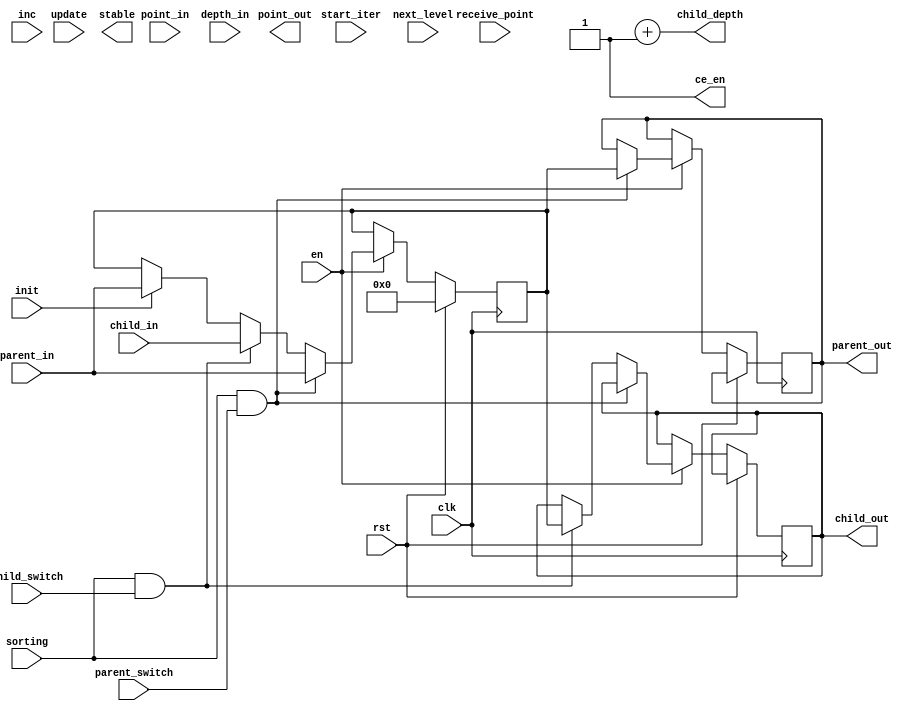
module cluster_PE (clk, rst, en, init, start_iter, receive_point, inc, update, sorting,
parent_switch, child_switch, next_level, point_in, parent_in, child_in, depth_in,
stable, ce_en, parent_out, child_out, point_out, child_depth);

// also think about converting this to a state machine by combining the control signals into a state register

parameter dim = 3, data_range = 255, max_n = 1000, max_depth = 16, initial_center = 0, name="unknown";

localparam  dim_size     = $clog2(data_range),
				center_size  = dim*dim_size,
				counter_size = $clog2(max_n),
				acc_size     = $clog2(dim_size*max_n),
				depth_size   = $clog2(max_depth);

input clk, rst, en, init, start_iter, receive_point, inc, update, sorting, parent_switch, child_switch, next_level;
input [center_size - 1:0] point_in, parent_in, child_in;
input [depth_size - 1:0] depth_in;
output stable, ce_en; 								// ce_en enables node's cluster_ce, if time_to_live = 0 the node's
output [center_size - 1:0] point_out;						// comparator is disabled during sorting so no switching can occur here
output reg [center_size - 1:0] parent_out, child_out; // + if !distance_calc the node's comparator is disabled during point_propogation
output [depth_size - 1:0] child_depth;						// so it will stop calculating distances


// dim is number of dimensions, data_range is maximum allowable range for the data, max_n is the max number of data points,
// dim_size is the number of bits required to represent the data range, center_size is the number of bits to represent
// the centre combining by concatenating all of the dimensions, counter_size is the number of bits required to represent the
// maximum number of points, acc_size is the number of bits required to represent an accumulator, dist_size is the number of
// bits required to represent the maximum allowable distance, axis_size is the number of bits required to represent the
// number of axes, depth_size is the number of bits required to represent the depth.

reg [acc_size - 1:0] accX, accY, accZ;
reg [counter_size - 1:0] counter;
reg [center_size - 1:0] old_center, new_center, point;
reg [depth_size - 1:0] depth, time_to_live;
assign distance_calc = 1'b1; // distance_calc enables the ce to perform distance calculations during the point propogation stage

// assign center_out = old_center; // UPDATE: changed center_out to parent_out and child_out to control the dataflow direction
assign ce_en = (time_to_live != 0) || (distance_calc); // distance_calc 
assign child_depth = depth + 1;

always@(posedge clk) begin
	if(rst) begin
		accX <= {acc_size{1'b0}};
		accY <= {acc_size{1'b0}};
		accZ <= {acc_size{1'b0}};
		counter <= {counter_size{1'b0}};
		old_center <= initial_center;
		new_center <= {center_size{1'b0}};
		point <= {center_size{1'b0}};
		time_to_live <= {depth_size{1'b0}};
	end
	else if (en) begin
		if (init) begin
			old_center <= parent_in;
			// depth <= depth_in; we need to add depth_in using a signal other than init
		end
		if(start_iter) begin // the things that need to be done at the beginning of each iteration
			time_to_live <= depth;
			new_center <= 0;
		end
		if (receive_point) begin
			point <= point_in;
			$display("Receive Point => Point: [%d, %d, %d], Point_In: [%d, %d, %d]", point[0+:dim_size], point[dim_size+: dim_size], point[2*dim_size+: dim_size], point_in[0+:dim_size], point_in[dim_size+: dim_size], point_in[2*dim_size+: dim_size]);
		end
		if (inc) begin
			accX <= point[0+:dim_size];
			accY <= point[dim_size+: dim_size];
			accZ <= point[2*dim_size+: dim_size];
			counter <= counter + 1'b1;
			$display("Inc => Point: [%d, %d, %d], Acc: [%d, %d, %d], Counter: %d", point[0+:dim_size], point[dim_size+: dim_size], point[2*dim_size+: dim_size], accX, accY, accZ, counter);
		end
		if (update) begin
		// enable the divider
		// perform division to get new_center
		// check for local stability
		// check for global stability
		// assign old_center to new_center
		end
		if (next_level) begin
			time_to_live <= time_to_live - 1;
			$display("Next Level => Time To Live: %d", time_to_live);
		end
		if (sorting && parent_switch) begin
			parent_out <= old_center;
			old_center <= parent_in;
			$display("Parent Switch => Old Center: [%d, %d, %d], Parent Center: [%d, %d, %d], Child Center: [%d, %d, %d]", old_center[0+:dim_size], old_center[dim_size+: dim_size], old_center[2*dim_size+: dim_size], parent_in[0+:dim_size], parent_in[dim_size+: dim_size], parent_in[2*dim_size+: dim_size], parent_out[0+:dim_size], parent_out[dim_size+: dim_size], parent_out[2*dim_size+: dim_size], child_in[0+:dim_size], child_in[dim_size+: dim_size], child_in[2*dim_size+: dim_size], child_out[0+:dim_size], child_out[dim_size+: dim_size], child_out[2*dim_size+: dim_size]);
			end
		else if (sorting && child_switch) begin
			child_out <= old_center; 
			old_center <= child_in; // will this cause child_out to take the value of child_in? or can we guarantee that child_out has sent out the value of old_center before it has changed the value of old_center?
			$display("Parent Switch => Old Center: [%d, %d, %d], Parent Center: [%d, %d, %d], Child Center: [%d, %d, %d]", old_center[0+:dim_size], old_center[dim_size+: dim_size], old_center[2*dim_size+: dim_size], parent_in[0+:dim_size], parent_in[dim_size+: dim_size], parent_in[2*dim_size+: dim_size], parent_out[0+:dim_size], parent_out[dim_size+: dim_size], parent_out[2*dim_size+: dim_size], child_in[0+:dim_size], child_in[dim_size+: dim_size], child_in[2*dim_size+: dim_size], child_out[0+:dim_size], child_out[dim_size+: dim_size], child_out[2*dim_size+: dim_size]);
			end
	end
end

endmodule